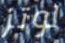
لوتز